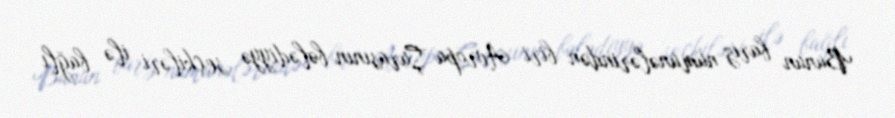
Bunun bariz nümunələrindən biri Avropa Şurasının bələdiyyə seçkiləri ilə bağlı